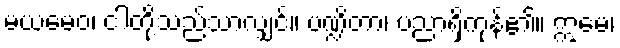
မယမေဝ၊ ငါတို့သည်သာလျှင်။ ပဏ္ဍိတာ၊ ပညာရှိကုန်၏။ ဣမေ၊